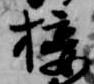
接